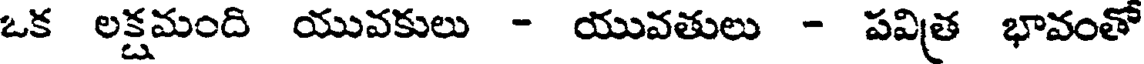
ఒక లక్షమంది యువకులు - యువతులు - పవిత్ర భావంతో